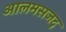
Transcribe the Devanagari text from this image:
आलमसजद